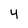
Character: 4